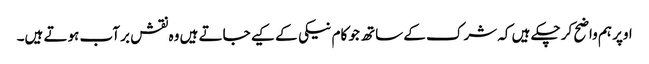
اوپر ہم واضح کر چکے ہیں کہ شرک کے ساتھ جو کام نیکی کے کیے جاتے ہیں وہ نقش بر آب ہوتے ہیں۔